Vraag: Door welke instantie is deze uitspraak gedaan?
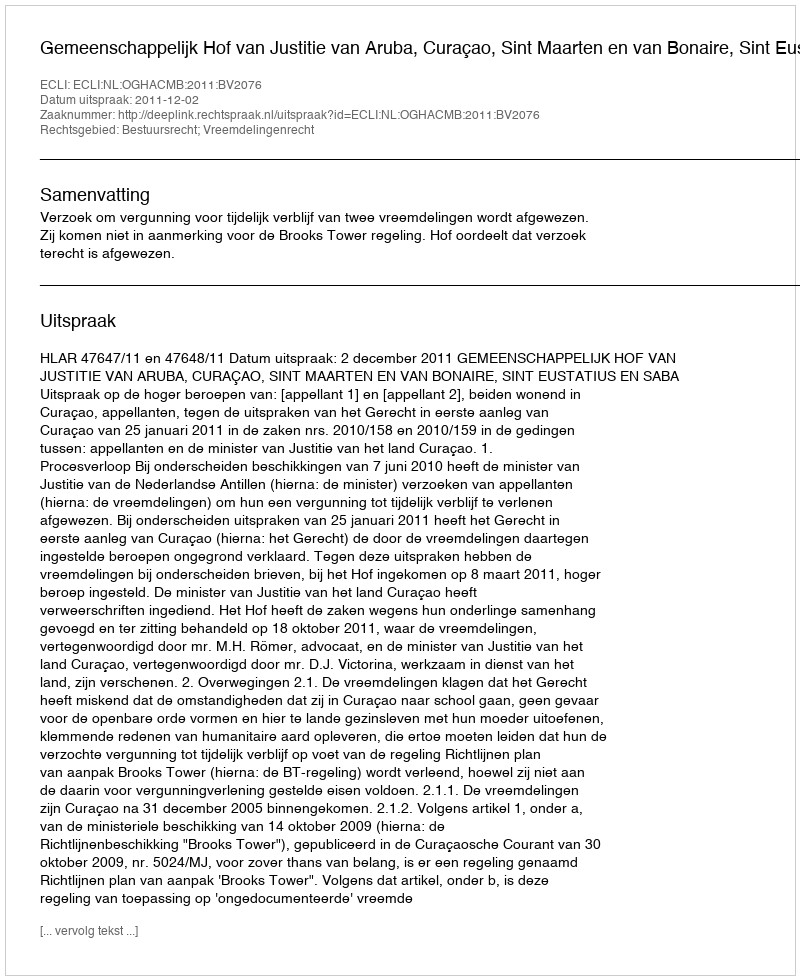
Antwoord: Gemeenschappelijk Hof van Justitie van Aruba, Curaçao, Sint Maarten en van Bonaire, Sint Eustatius en Saba